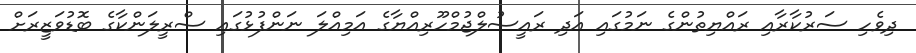
ދިވެހި ސަރުކާރާއި ރައްޔިތުންގެ ނަމުގައި އަދި ރައީސުލްޖުމްހޫރިއްޔާގެ އަމިއްލަ ނަންފުޅުގައި ސްރީލަންކާގެ ބޮޑުވަޒީރަށް